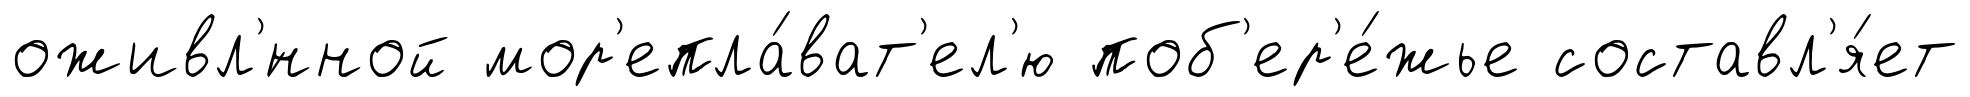
оживл'́нной мор'епла́ват'ел'ю поб'ер'е́жье составл'я́ет